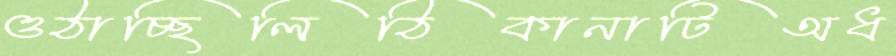
ওঠাচ্ছিলিঠিকানাটিঅধ